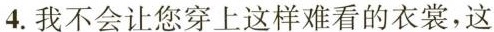
4.我不会让您穿上这样难看的衣裳，这